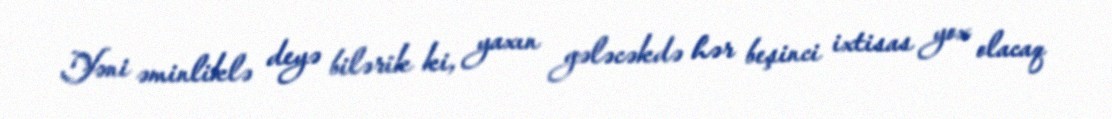
Yəni əminliklə deyə bilərik ki, yaxın gələcəkdə hər beşinci ixtisas yox olacaq